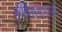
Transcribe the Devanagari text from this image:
कृषिसंचालक